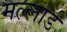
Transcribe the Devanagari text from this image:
मल्लार्ड